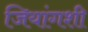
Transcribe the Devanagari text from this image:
जियांगशी